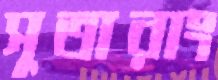
সুতারাং